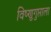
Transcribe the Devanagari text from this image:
विष्णुगुप्ताला